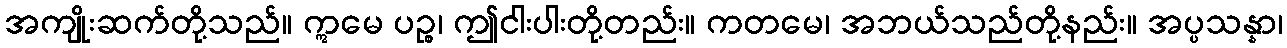
အကျိုးဆက်တို့သည်။ ဣမေ ပဉ္စ၊ ဤငါးပါးတို့တည်း။ ကတမေ၊ အဘယ်သည်တို့နည်း။ အပ္ပသန္နာ၊